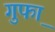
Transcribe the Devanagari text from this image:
गुफा़